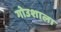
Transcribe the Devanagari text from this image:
गोउशाला